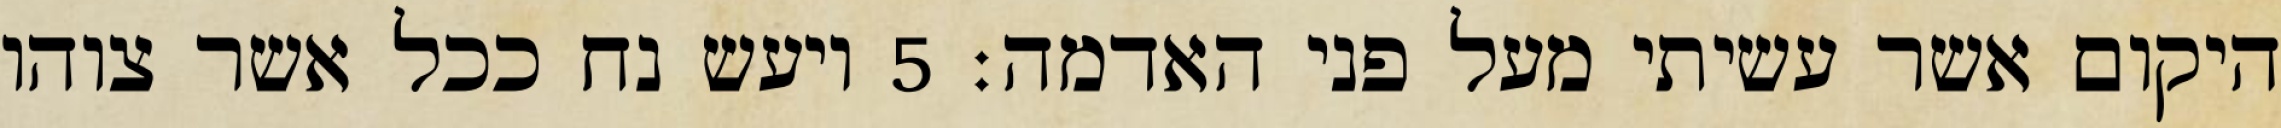
היקום אשר עשיתי מעל פני האדמה׃ ‎5‏ ויעש נח ככל אשר צוהו